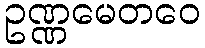
ဥဏ္ဏမေတဝေ